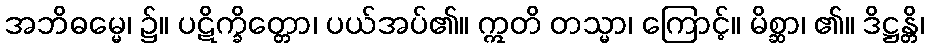
အဘိဓမ္မေ၊ ၌။ ပဋိက္ခိတ္တော၊ ပယ်အပ်၏။ ဣတိ တသ္မာ၊ ကြောင့်။ မိစ္ဆာ၊ ၏။ ဒိဋ္ဌန္တိ၊